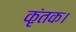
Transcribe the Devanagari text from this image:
कृंतक।